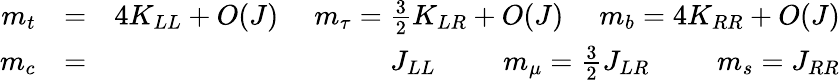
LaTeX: \begin{array}{rlr}{m_{t}}&{=}&{4K_{LL}+O(J)\, \; \; \; \; m_{\tau}=\frac{3}{2}K_{LR}+O(J)\, \; \; \; \; m_{b}=4K_{RR}+O(J)}\\ {m_{c}}&{=}&{J_{LL}\, \; \; \; \; \; \; \; \; m_{\mu}=\frac{3}{2}J_{LR}\, \; \; \; \; \; \; \; \; m_{s}=J_{RR}}\end{array}